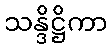
သန္ဒိဋ္ဌိကာ